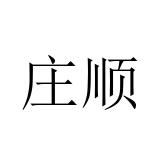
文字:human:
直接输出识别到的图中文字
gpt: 庄顺